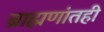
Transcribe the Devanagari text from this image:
ब्राह्मणांतही